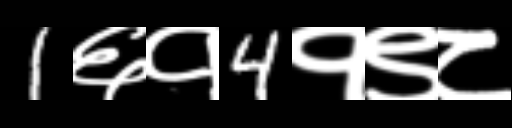
Text: 1६१4१९८